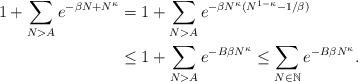
LaTeX: \begin{align*} 1 + \sum_{N>A} e^{-\beta N + N^\kappa} &= 1 + \sum_{N> A} e^{-\beta N^\kappa(N^{1-\kappa}-1/\beta)} \\ & \le 1 + \sum_{N> A} e^{-B \beta N^\kappa} \le \sum_{N\in \mathbb{N}} e^{-B \beta N^\kappa}. \end{align*}